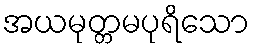
အယမုတ္တမပုရိသော